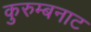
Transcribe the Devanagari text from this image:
कुरुम्बनाट